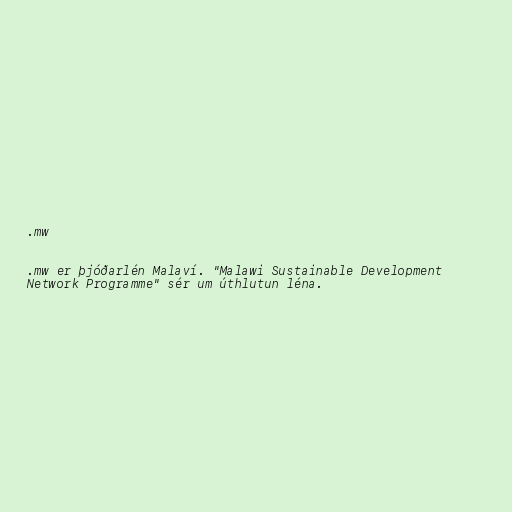
.mw

.mw er þjóðarlén Malaví. "Malawi Sustainable Development
Network Programme" sér um úthlutun léna.